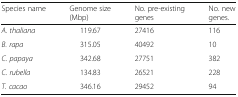
| Species name | Genome size (Mbp) | No. pre-existing genes | No. new genes. |
 | --- | --- | --- | --- |
 | A. thaliana | 119.67 | 27416 | 116 |
 | B. rapa | 315.05 | 40492 | 10 |
 | C. papaya | 342.68 | 27751 | 382 |
 | C. rubella | 134.83 | 26521 | 228 |
 | T. cacao | 346.16 | 29452 | 94 |